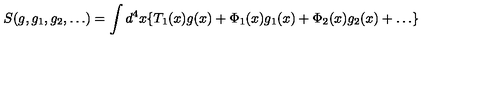
S ( g , g _ { 1 } , g _ { 2 } , \ldots ) = \int d ^ { 4 } x \{ T _ { 1 } ( x ) g ( x ) + \Phi _ { 1 } ( x ) g _ { 1 } ( x ) + \Phi _ { 2 } ( x ) g _ { 2 } ( x ) + \ldots \}